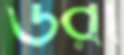
উরী